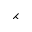
\rightthreetimes